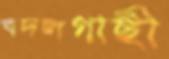
বদলগাছী